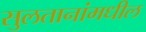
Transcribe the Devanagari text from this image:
सुलतानांमधील